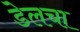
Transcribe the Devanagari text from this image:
डेलचा